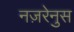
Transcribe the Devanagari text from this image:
नज़रेनुस